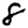
Digit: 8